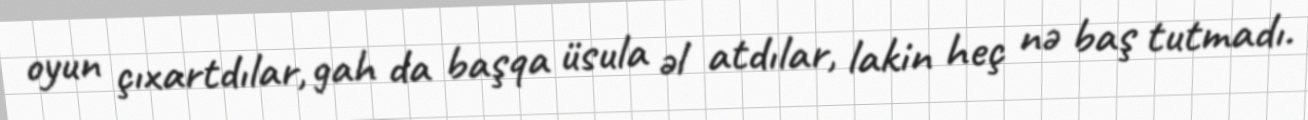
oyun çıxartdılar, gah da başqa üsula əl atdılar, lakin heç nə baş tutmadı.